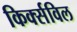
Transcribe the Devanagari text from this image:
किर्क्सविल